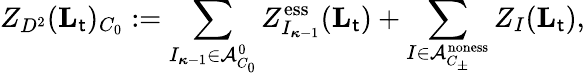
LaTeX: Z_{D^{2}}(\mathbf{L}_{\mathsf{t}})_{C_{0}}:=\sum_{I_{{\boldsymbol{\kappa}}-1}\in\mathcal{A}_{C_{0}}^{0}}Z_{I_{{\boldsymbol{\kappa}}-1}}^{{\mathrm{ess}}}(\mathbf{L}_{\mathsf{t}})+\sum_{I\in\mathcal{A}_{C_{\pm}}^{{\mathrm{noness}}}}Z_{I}(\mathbf{L}_{\mathsf{t}}),